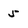
Character: 5